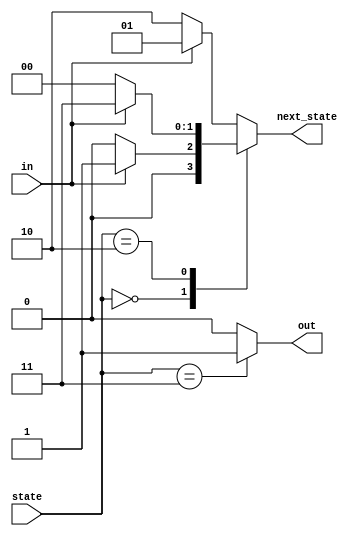
module top_module(
    input in,
    input [1:0] state,
    output [1:0] next_state,
    output out);

    parameter A=2'd0, B=2'd1, C=2'd2, D=2'd3;

    function [1:0] get_state(
        input [1:0] state,
        input in);
        case (state)
            A: get_state = in ? B : A;
            B: get_state = in ? B : C;
            C: get_state = in ? D : A;
            default: get_state = in ? B : C;
        endcase
    endfunction

    function get_out(
        input [1:0] state);
        case (state)
            D: get_out = 1'b1;
            default: get_out = 1'b0;
        endcase
    endfunction

    // State transition logic: next_state = f(state, in)
    assign next_state = get_state(state, in);

    // Output logic:  out = f(state) for a Moore state machine
    assign out = get_out(state);

endmodule